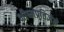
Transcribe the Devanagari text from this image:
भीष्मप्रतिज्ञेने